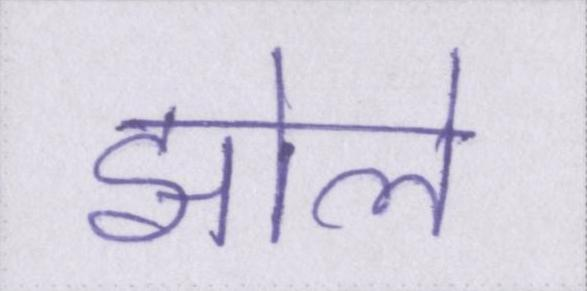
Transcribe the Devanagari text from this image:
झोले